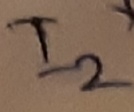
Text: I2